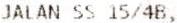
JALAN SS 15/4B,